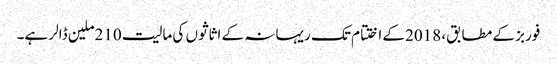
فوربز کے مطابق، 2018کے اختتام تک ریہانہ کے اثاثوں کی مالیت 210ملین ڈالر ہے۔